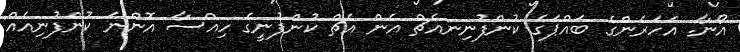
އޯނާ. އަހަރެންގެ ބައްޕަގެ ކުންފުނިނއެޗް އެން އެޗް ކުންފުނީގެ ހިއްސާ އޮންނަ ކުންފުނިއެއް